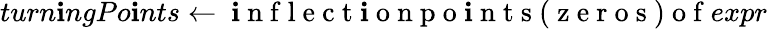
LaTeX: turn\mathbf{i}ngPo\mathbf{i}nts\gets\mathrm{{~\mathbf{i}~n~f~l~e~c~t~\mathbf{i}~o~n~p~o~\mathbf{i}~n~t~s~(~z~e~r~o~s~)~o~f~}}expr